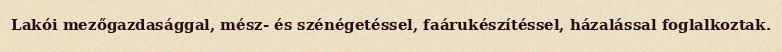
Lakói mezőgazdasággal, mész- és szénégetéssel, faárukészítéssel, házalással foglalkoztak.